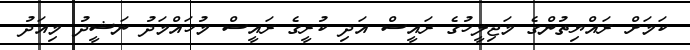
ކަމަށް ރައްޔިތުންގެ މަޖިލީހުގެ ރައީސް އަދި ކުރީގެ ރައީސް މުހައްމަދު ނަޝީދު މިއަދު